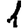
Digit: 1